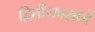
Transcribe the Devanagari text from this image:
द्वितीयपरार्ध्दे